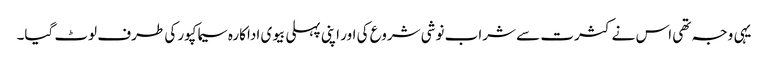
یہی وجہ تھی اس نے کثرت سے شراب نوشی شروع کی اور اپنی پہلی بیوی اداکارہ سیما کپور کی طرف لوٹ گیا۔